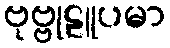
ဗုဗ္ဗုဠူပမာ